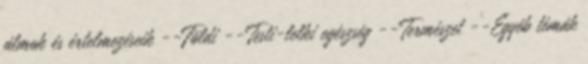
álmok és értelmezéseik --Földi --Testi-lelki egészség --Természet --Egyéb témák